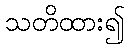
သတိထား၍